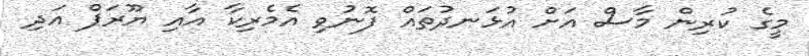
މީގެ ކުރިން މާސް އަށް އުޅަނދުތައް ފޮނުވި އެމެރިކާ އާއި ޔޫރަޕް އަދި